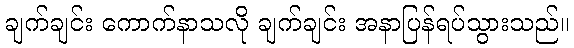
ချက်ချင်း ကောက်နာသလို ချက်ချင်း အနာပြန်ရပ်သွားသည်။